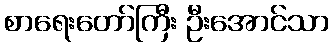
စာရေးတော်ကြီး ဦးအောင်သာ